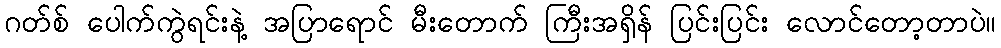
ဂတ်စ် ပေါက်ကွဲရင်းနဲ့ အပြာရောင် မီးတောက် ကြီးအရှိန် ပြင်းပြင်း လောင်တော့တာပဲ။